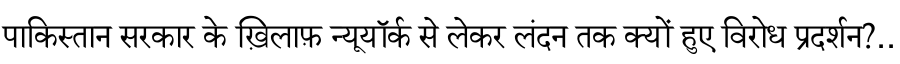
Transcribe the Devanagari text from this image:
पाकिस्तान सरकार के ख़िलाफ़ न्यूयॉर्क से लेकर लंदन तक क्यों हुए विरोध प्रदर्शन?..